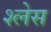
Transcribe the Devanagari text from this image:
श्लेस